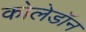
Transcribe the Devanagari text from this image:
कोलेडॉन